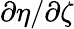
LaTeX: \partial\eta/\partial\zeta